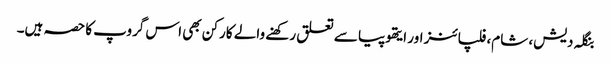
بنگلہ دیش، شام، فلپائنز اور ایتھوپیا سے تعلق رکھنے والے کارکن بھی اس گروپ کا حصہ ہیں۔